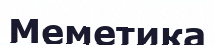
Меметика